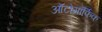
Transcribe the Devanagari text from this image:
ऑटोमॉर्फिक